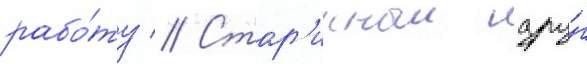
рабо́ту // Стар'инныи дру́г